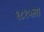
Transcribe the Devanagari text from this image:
१८१५ला